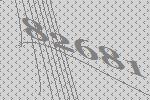
82681